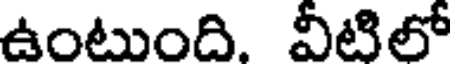
ఉంటుంది. వీటిలో